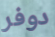
دوفر